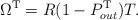
LaTeX: \begin{align*}\Omega^{\mathrm{T}} = R(1-P^{\mathrm{T}}_{out})T.\end{align*}